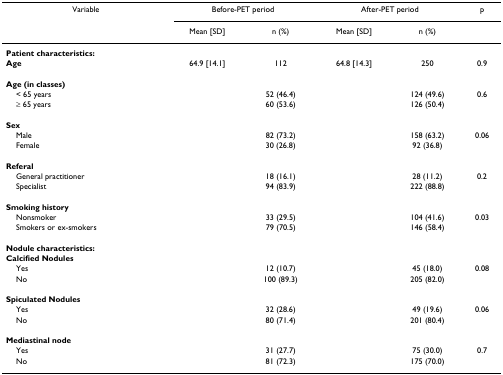
<table><thead><tr><td><b>Variable</b></td><td colspan="2"><b>Before-PET period</b></td><td colspan="2"><b>After-PET period</b></td><td><b>p</b></td></tr><tr><td></td><td><b>Mean [SD]</b></td><td><b>n (%)</b></td><td><b>Mean [SD]</b></td><td><b>n (%)</b></td><td></td></tr></thead><tbody><tr><td><b>Patient characteristics:</b></td><td></td><td></td><td></td><td></td><td></td></tr><tr><td><b>Age</b></td><td>64.9 [14.1]</td><td>112</td><td>64.8 [14.3]</td><td>250</td><td>0.9</td></tr><tr><td><b>Age (in classes)</b></td><td></td><td></td><td></td><td></td><td></td></tr><tr><td> &lt; 65 years</td><td></td><td>52 (46.4)</td><td></td><td>124 (49.6)</td><td>0.6</td></tr><tr><td> ≥ 65 years</td><td></td><td>60 (53.6)</td><td></td><td>126 (50.4)</td><td></td></tr><tr><td><b>Sex</b></td><td></td><td></td><td></td><td></td><td></td></tr><tr><td> Male</td><td></td><td>82 (73.2)</td><td></td><td>158 (63.2)</td><td>0.06</td></tr><tr><td> Female</td><td></td><td>30 (26.8)</td><td></td><td>92 (36.8)</td><td></td></tr><tr><td><b>Referal</b></td><td></td><td></td><td></td><td></td><td></td></tr><tr><td> General practitioner</td><td></td><td>18 (16.1)</td><td></td><td>28 (11.2)</td><td>0.2</td></tr><tr><td> Specialist</td><td></td><td>94 (83.9)</td><td></td><td>222 (88.8)</td><td></td></tr><tr><td><b>Smoking history</b></td><td></td><td></td><td></td><td></td><td></td></tr><tr><td> Nonsmoker</td><td></td><td>33 (29.5)</td><td></td><td>104 (41.6)</td><td>0.03</td></tr><tr><td> Smokers or ex-smokers</td><td></td><td>79 (70.5)</td><td></td><td>146 (58.4)</td><td></td></tr><tr><td><b>Nodule characteristics:</b></td><td></td><td></td><td></td><td></td><td></td></tr><tr><td><b>Calcified Nodules</b></td><td></td><td></td><td></td><td></td><td></td></tr><tr><td> Yes</td><td></td><td>12 (10.7)</td><td></td><td>45 (18.0)</td><td>0.08</td></tr><tr><td> No</td><td></td><td>100 (89.3)</td><td></td><td>205 (82.0)</td><td></td></tr><tr><td><b>Spiculated Nodules</b></td><td></td><td></td><td></td><td></td><td></td></tr><tr><td> Yes</td><td></td><td>32 (28.6)</td><td></td><td>49 (19.6)</td><td>0.06</td></tr><tr><td> No</td><td></td><td>80 (71.4)</td><td></td><td>201 (80.4)</td><td></td></tr><tr><td><b>Mediastinal node</b></td><td></td><td></td><td></td><td></td><td></td></tr><tr><td> Yes</td><td></td><td>31 (27.7)</td><td></td><td>75 (30.0)</td><td>0.7</td></tr><tr><td> No</td><td></td><td>81 (72.3)</td><td></td><td>175 (70.0)</td><td></td></tr></tbody></table>